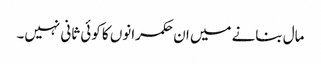
مال بنانے میں ان حکمرانوں کا کوئی ثانی نہیں۔